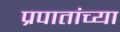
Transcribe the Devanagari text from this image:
प्रपातांच्या